Report on the lunatic asylums under the Government of Bombay - 1904-1913
Year: 1904
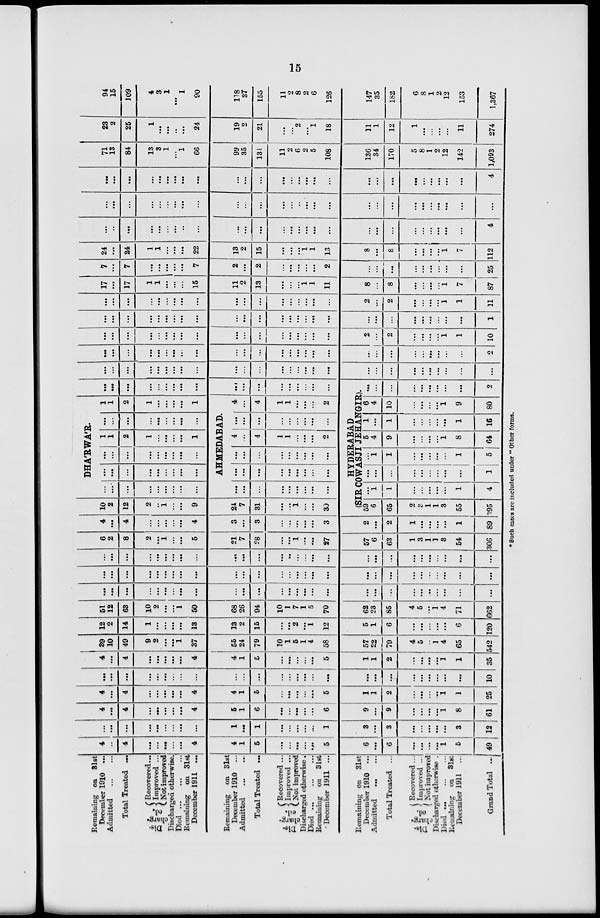
15
Remaining on 31st
December 1910 ...
Admitted
...
...
Total Treated ...
Dis¬
charg-
ed.
Recovered...
Improved ...
Not improved
Discharged otherwise.
Died... ... ...
Remaining on 31st
December 1911 ...
Remaining on 31st
December 1910 ...
Admitted... ...
Total Treated ...
Dis¬
charg-
ed.
Recovered ...
Improved ...
Not improved
Discharged otherwise.
Died ... ... ...
Remaining on 31st
December 1911 ...
Remaining on 31st
December 1910
Admitted ... ...
Total Treated ...
Dis¬
charg-
ed.
Recovered...
Improved ...
Not improved.
Discharged otherwise .
Died ...
Remaining on 31st
December 1911
Grand Total ...
4
...
4
...
...
...
...
...
4
4
1
5
...
...
...
...
...
5
6
...
6
...
...
...
...
1
5
49
...
...
...
...
...
...
...
...
...
1
...
1
...
...
...
...
...
1
3
...
3
...
...
...
...
...
3
12
4
...
4
...
...
...
...
...
4
5
1
6
...
...
...
...
...
6
9
...
9
...
...
...
...
1
8
61
4
...
4
...
...
...
...
...
4
4
1
6
...
...
...
...
...
5
1
1
2
...
...
...
1
1
25
...
...
...
...
...
...
...
...
...
...
...
...
...
...
...
...
...
...
...
...
...
...
...
...
...
...
...
10
4
...
4
...
...
...
...
...
4
4
1
5
...
...
...
...
...
5
1
1
2
...
...
...
...
1
1
35
39
10
49
9
2
...
...
1
37
56
24
79
10
1
5
1
4
58
57
22
79
4
5
..
1
4
65
542
12
2
14
1
...
...
...
....
13
13
2
15
...
...
2
...
1
12
5
1
6
...
...
...
...
...
6
120
51
12
63
10
2
...
...
1
50
68
26
94
10
1
7
1
5
70
62
23
85
4
5
...
1
4
71
662
...
...
...
...
...
...
...
...
...
...
...
...
...
...
...
...
...
...
...
...
...
...
...
...
...
...
...
...
...
...
...
...
...
...
...
...
...
...
...
...
...
...
...
...
...
...
...
...
...
...
...
...
...
...
...
...
...
...
...
...
...
...
...
...
...
...
..
...
...
...
...
...
...
...
...
...
...
...
...
...
...
6
2
8
2
...
1
...
...
5
21
7
28
...
...
1
...
...
27
57
6
63
1
3
1
1
3
54
306
4
...
4
...
...
...
...
...
4
3
...
3
...
....
...
...
...
3
2
...
2
1
...
...
...
...
1
89
10
2
12
2
...
1
...
...
9
24
7
31
...
...
1
...
...
30
DHA'RWA'R.
...
...
...
...
...
...
...
...
...
...
...
...
...
...
...
...
...
...
...
...
...
...
...
...
...
...
...
1
1
2
1
...
...
...
...
1
...
...
...
...
...
...
...
...
1
1
2
1
...
...
...
...
1
AHMEDABAD.
...
...
...
...
...
...
...
...
...
...
...
...
...
...
...
...
...
...
...
...
...
...
...
...
...
...
...
4 ...
4
1
1
...
...
...
2
...
...
...
...
...
...
...
...
4 ...
4
1
1
...
...
...
2
...
...
...
...
...
...
...
...
...
...
...
...
...
...
...
...
...
HYDERABAD
(SIRCOWASJI JEHANGIR).
59
6
65
2
1
1
3
55
395
...
1
1
...
...
...
...
...
1
4
...
...
...
...
...
...
...
...
...
1
...
1
1
...
...
...
...
...
1
5
5
4
9
...
...
...
...
1
8
64
1
...
1
...
...
...
...
...
1
16
6
4
10
...
...
...
...
1
9
80
...
...
...
...
...
...
...
...
...
2
...
...
...
...
...
...
...
...
...
...
...
...
...
...
...
...
...
...
...
...
...
...
...
...
...
...
...
...
...
...
...
...
...
...
...
...
...
...
...
...
...
...
...
...
...
...
...
...
...
...
...
...
...
...
...
2
...
...
...
...
...
...
...
...
...
...
...
...
...
...
...
...
...
2
...
2
...
...
...
...
1
1
10
...
...
...
...
...
...
...
...
...
...
...
...
...
...
...
...
...
...
...
...
...
...
...
...
...
...
...
1
...
...
...
...
...
...
...
...
...
...
...
...
...
...
...
...
2
...
2
...
...
...
...
1
1
11
17
...
17
1
1
...
...
...
15
11
2
13
...
...
...
1
1
11
8
...
8
...
...
...
...
1
7
87
7
...
7
...
...
...
...
...
7
2
...
2
...
...
...
...
2
...
...
...
...
...
...
...
...
...
25
24
...
24
1
1
...
...
...
22
13
2
15
...
...
...
1
1
13
8
...
8
...
...
...
...
1
7
112
...
...
...
...
...
...
...
...
...
...
...
...
...
...
...
...
...
.. .
...
...
...
...
...
...
...
...
...
4
...
...
...
...
...
...
...
...
...
...
...
...
...
...
..
...
...
...
...
...
...
...
...
...
...
...
...
...
...
...
...
...
...
...
...
...
...
...
...
...
...
...
...
...
...
...
...
...
...
...
...
...
...
...
...
4
71
13
84
13
3
1
...
1
66
99
35
134
11
2
6
2
5
108
136
34
170
5
8
1
2
12
142
1,093
23
2
25
1
...
...
..
...
24
19
2
21
...
...
2
...
1
18
11
1
12
1
...
...
...
...
11
274
94
15
109
4
3
1
...
1
90
118
37
155
11
2
8
2
6
126
147
35
182
6
8
1
2
12
153
1,367
*Such cases are included under " Other forms.